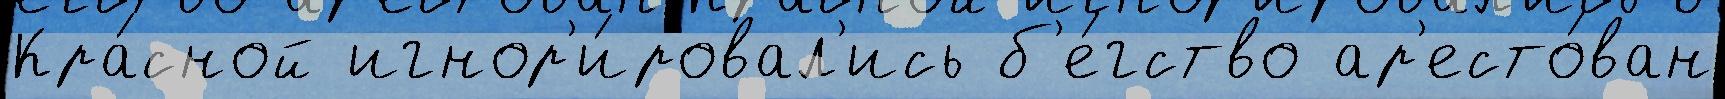
Кра́сной игнор'и́ровал'ись б'е́гство ар'есто́ван